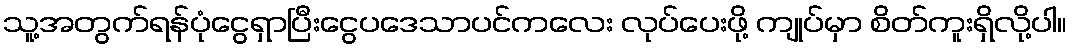
သူ့အတွက်ရန်ပုံငွေရှာပြီးငွေပဒေသာပင်ကလေး လုပ်ပေးဖို့ ကျုပ်မှာ စိတ်ကူးရှိလို့ပါ။